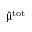
\hat { \mathbf { \upmu } } ^ { \mathrm { t o t } }